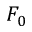
F _ { 0 }